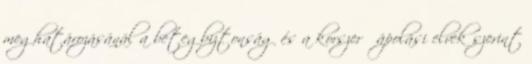
meghatározásánál a betegbiztonság és a korszerű ápolási elvek szerint